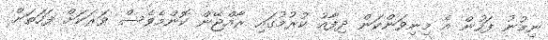
ނިމުނު ފަހުން އެ މިނިވަންކަން ދިފާއު ކުރުމުގައި ރާއްޖޭން ކޮންމެވެސް ވަރަކަށް ފަހަތަށް